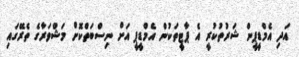
އަދި އެމްޑީޕީން ޝަރުތުކުރީ އެ ޕާޓީތަކުން އެމްޑީޕީ އަށް ނިސްބަތްކޮށް މަޝްވަރާގެ ތެރޭގައި